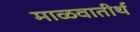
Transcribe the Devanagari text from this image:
माळवातीर्थ